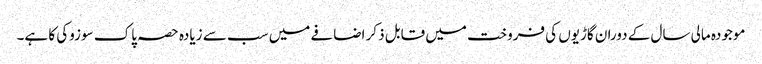
موجودہ مالی سال کے دوران گاڑیوں کی فروخت میں قابل ذکر اضافے میں سب سے زیادہ حصہ پاک سوزوکی کا ہے۔